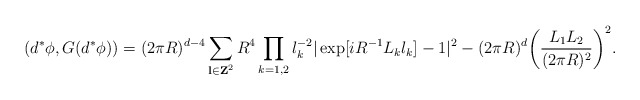
\begin{align*}(d^{\ast }\phi ,G(d^{\ast }\phi )) =(2\pi R)^{d - 4} \sum_{{\bf l} \in {\bf Z}^{2}} R^{4} \prod_{k = 1,2} l_{k}^{- 2}|\exp [iR^{- 1}L_{k}l_{k}] - 1|^{2} -(2\pi R)^{d}\biggl( \frac{L_{1}L_{2}}{(2\pi R)^{2}}\biggr)^{2}.\end{align*}